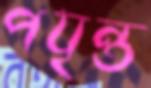
পযৃন্ত